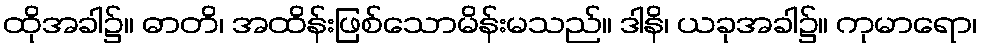
ထိုအခါ၌။ ဓာတိ၊ အထိန်းဖြစ်သောမိန်းမသည်။ ဒါနိ၊ ယခုအခါ၌။ ကုမာရော၊